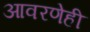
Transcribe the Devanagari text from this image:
आवरणेही